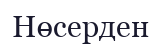
Нөсерден